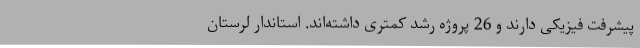
پیشرفت فیزیکی دارند و 26 پروژه رشد کمتری داشته‌اند. استاندار لرستان